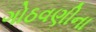
ગોઠવણીના